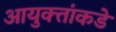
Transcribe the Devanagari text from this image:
आयुक्‍तांकडे